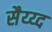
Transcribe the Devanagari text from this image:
सैय्य्द